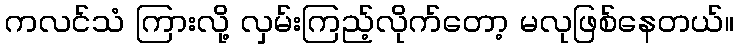
ကလင်သံ ကြားလို့ လှမ်းကြည့်လိုက်တော့ မလုဖြစ်နေတယ်။